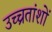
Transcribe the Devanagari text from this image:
उच्चतांशों